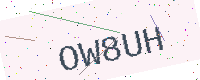
Text: OW8UH